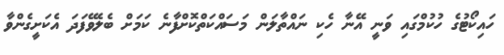
ހައިކޯޓުގެ ހުކުމްގައި ވަނީ އޭނާ ހެކި ނައްތާލަން މަސައްކަތްކޮށްފާނެ ކަމަށް ބެލެވޭފަދަ އެކަށީގެންވާ